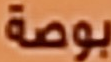
بوصة